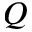
Q